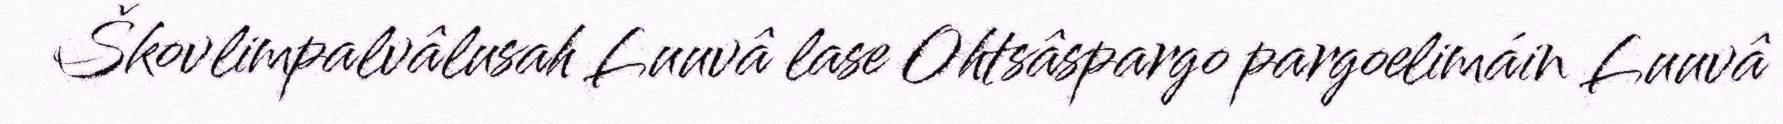
Škovlimpalvâlusah Luuvâ lase Ohtsâspargo pargoelimáin Luuvâ